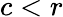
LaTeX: c<r